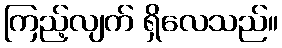
ကြည့်လျက် ရှိလေသည်။